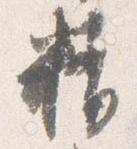
精